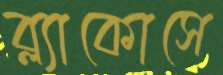
ব্ল্যাকোসে